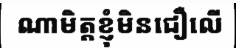
ណាមិត្តខ្ញុំមិនជឿលើ